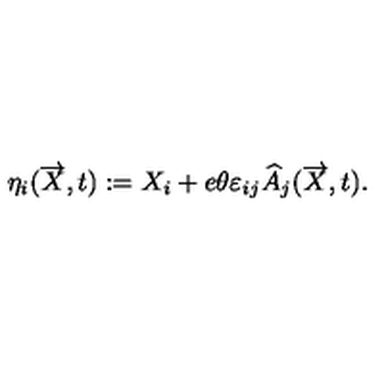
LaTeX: \eta _ { i } ( \overrightarrow { X } , t ) : = X _ { i } + e \theta \varepsilon _ { i j } \widehat { A } _ { j } ( \overrightarrow { X } , t ) .